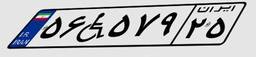
۷۶W۱۳۴۸۲